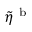
\tilde { \eta } ^ { \mathrm { ~ b ~ } }